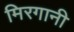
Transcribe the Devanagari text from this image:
मिरगानी